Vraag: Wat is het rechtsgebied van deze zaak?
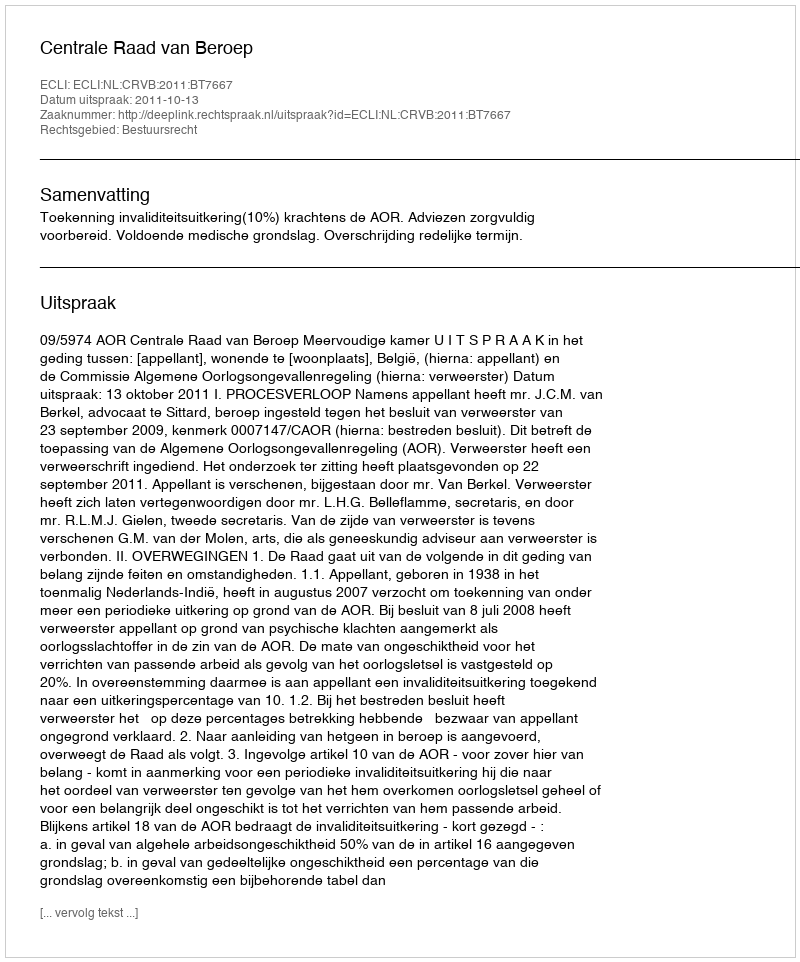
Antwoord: Bestuursrecht